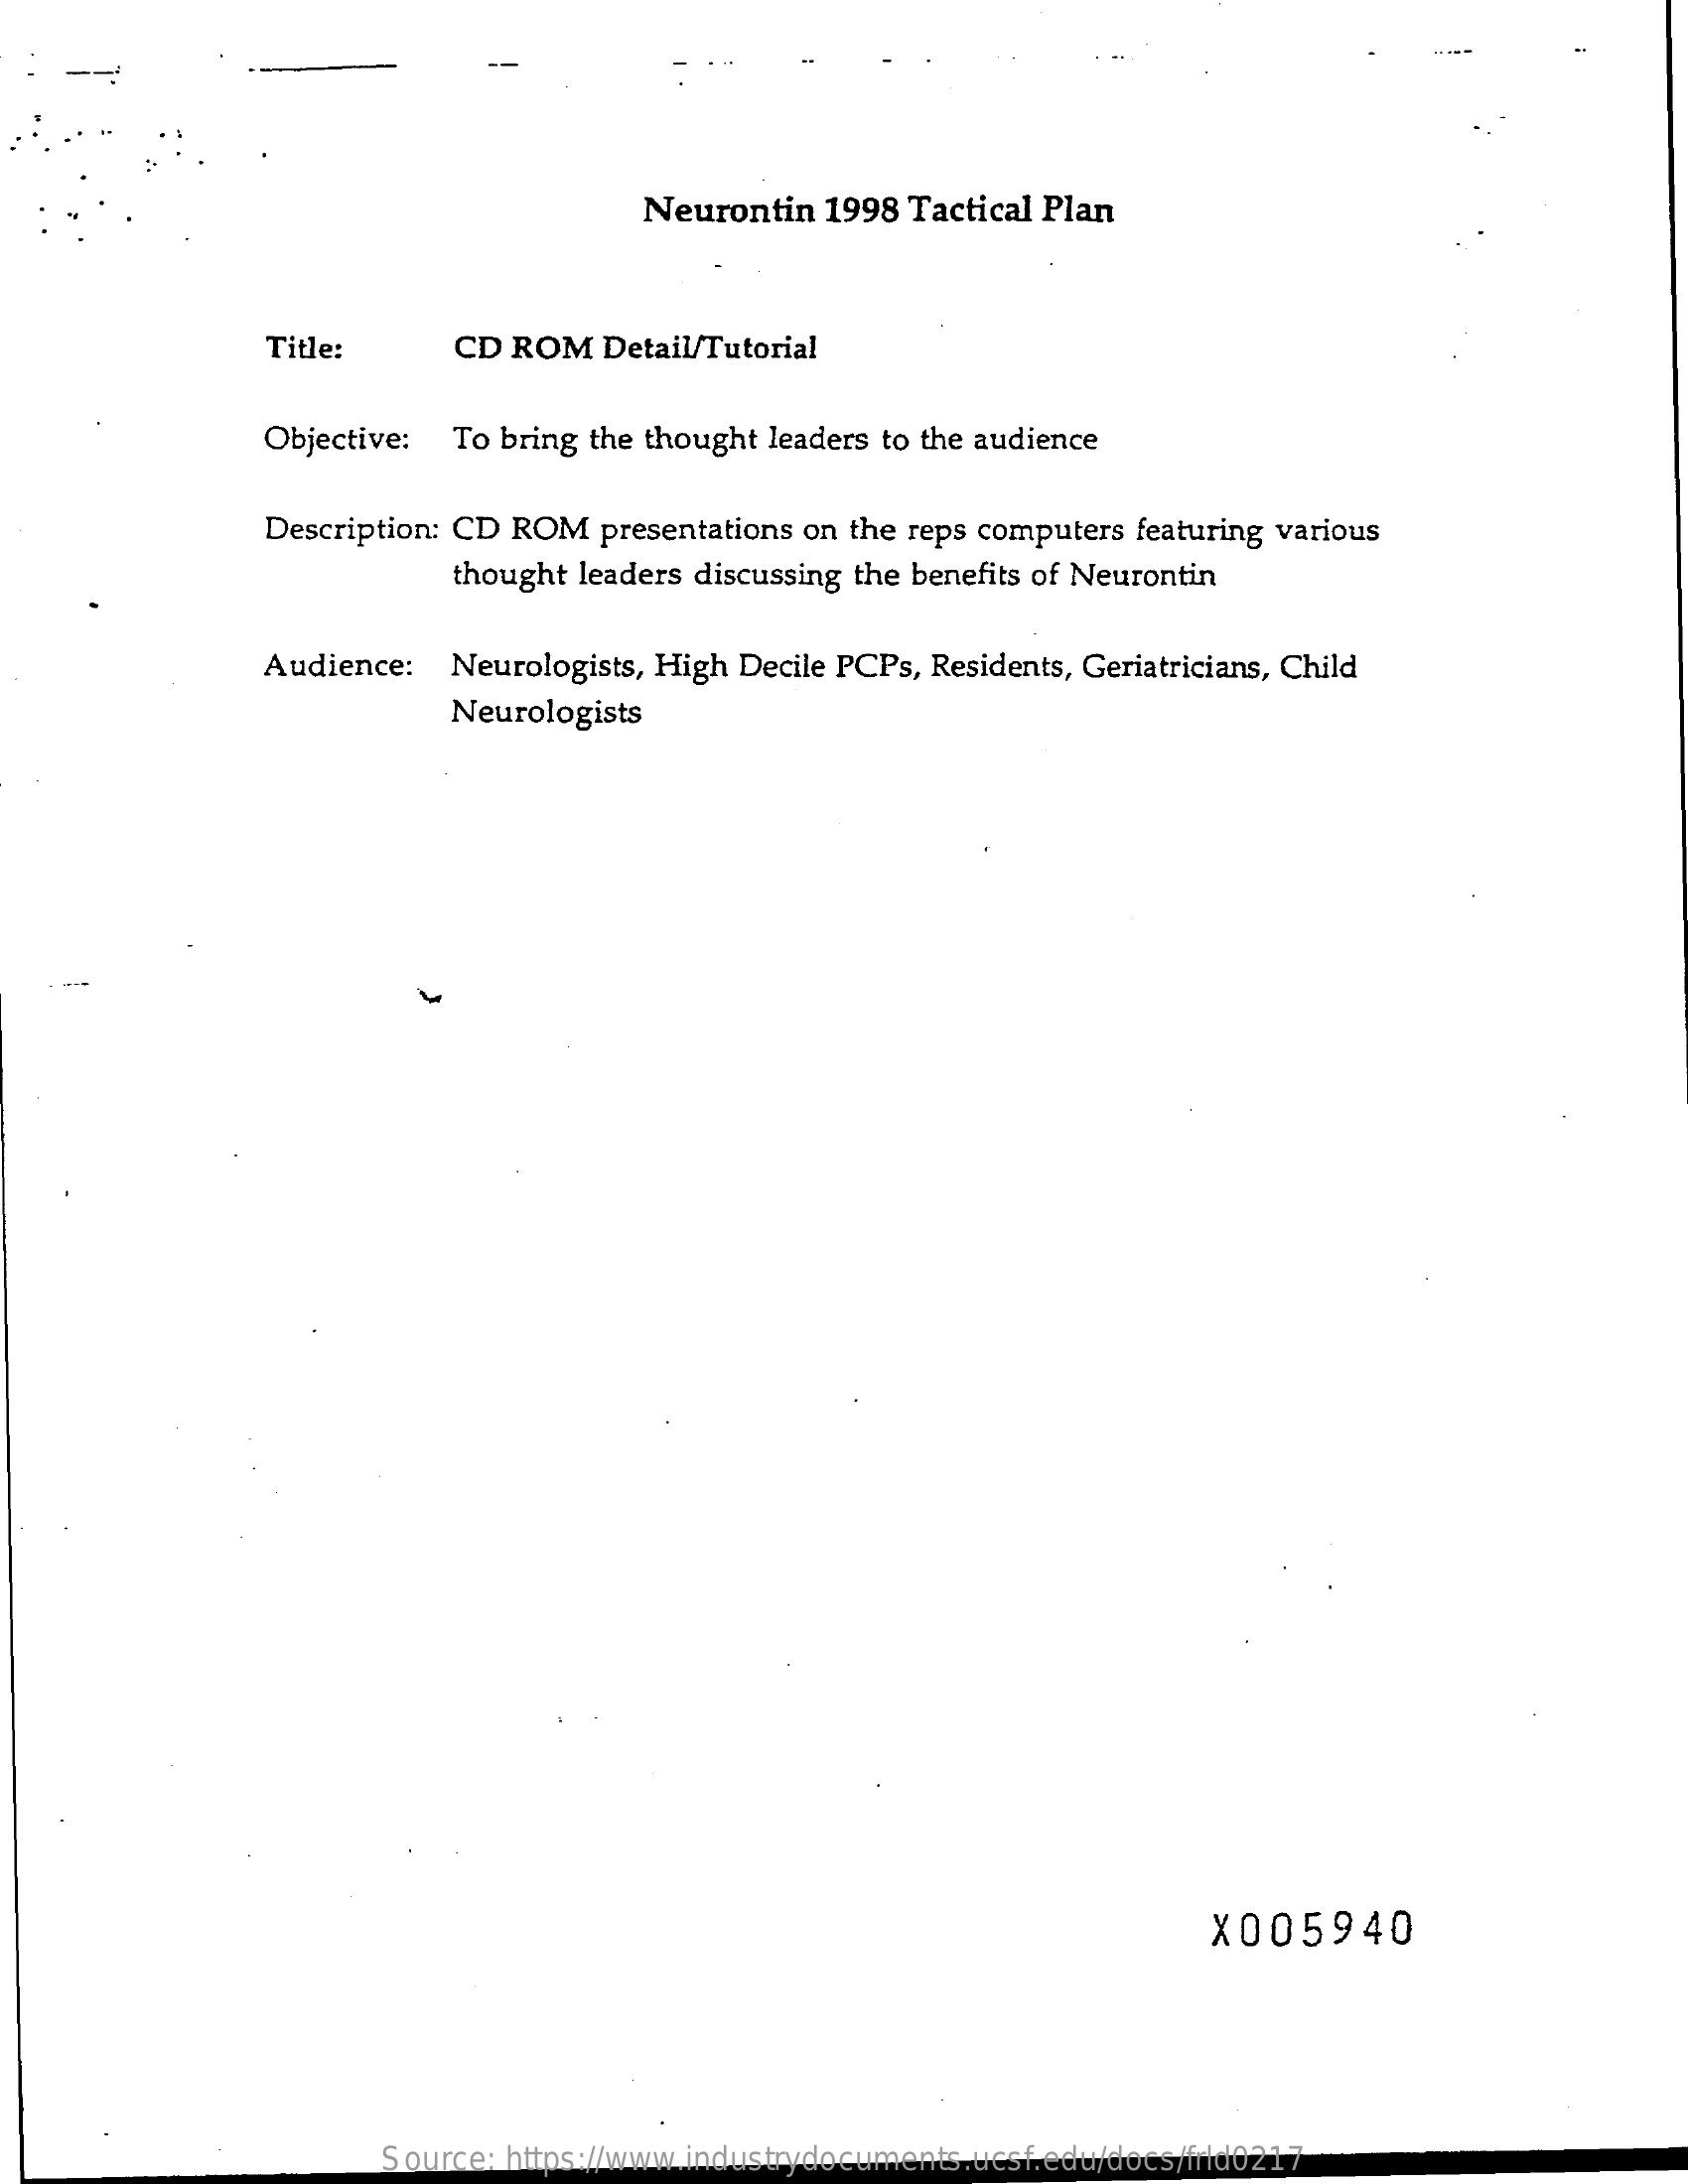
Neurontin  1998 Tactical Plan
     Title:    CD ROM  Detail/Tutorial
     Objective: To bring the thought leaders to the audience
     Description: CD ROM presentations on the reps computers featuring various
     thought leaders discussing the benefits of Neurontin
     Audience:  Neurologists, High Decile PCPs, Residents, Geriatricians, Child
     Neurologists
     X005940
     Source: https://www.industrydocuments.ucsf.edu/docs/frld0217